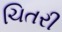
ચિતરી